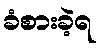
ခံစားခဲ့ရ